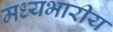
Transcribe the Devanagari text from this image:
मध्यभारीय